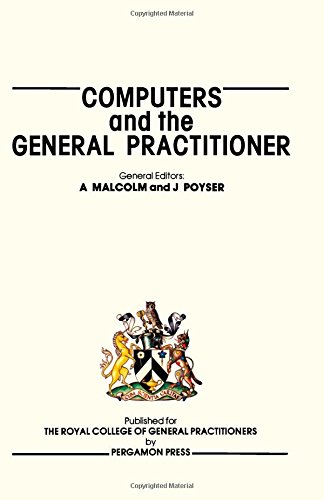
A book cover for Computers and the General Practitioner; Alastair Malcolm; Medical Books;